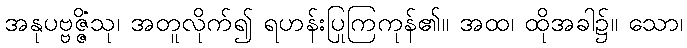
အနုပဗ္ဗဇ္ဇိံသု၊ အတူလိုက်၍ ရဟန်းပြုကြကုန်၏။ အထ၊ ထိုအခါ၌။ သော၊